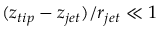
( z _ { t i p } - z _ { j e t } ) / r _ { j e t } \ll 1